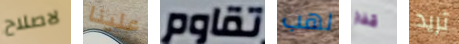
لاصلاح علينا تقاوم لهب قفاز تريد